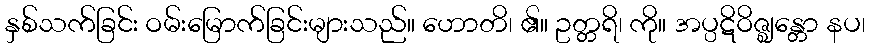
နှစ်သက်ခြင်း ဝမ်းမြောက်ခြင်းများသည်။ ဟောတိ၊ ၏။ ဥတ္တရိ၊ ကို။ အပ္ပဋိဝိဇ္ဈန္တော နပ၊